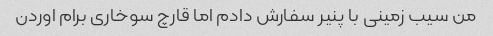
من سیب زمینی با پنیر سفارش دادم اما قارچ سوخاری برام اوردن